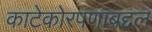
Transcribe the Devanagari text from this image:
काटेकोरपणाबद्दल